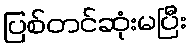
ပြစ်တင်ဆုံးမပြီး